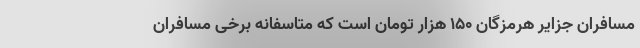
مسافران جزایر هرمزگان ۱۵۰ هزار تومان است که متاسفانه برخی مسافران